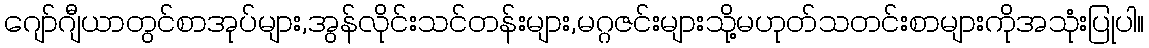
ဂျော်ဂျီယာတွင်စာအုပ်များ,အွန်လိုင်းသင်တန်းများ,မဂ္ဂဇင်းများသို့မဟုတ်သတင်းစာများကိုအသုံးပြုပါ။